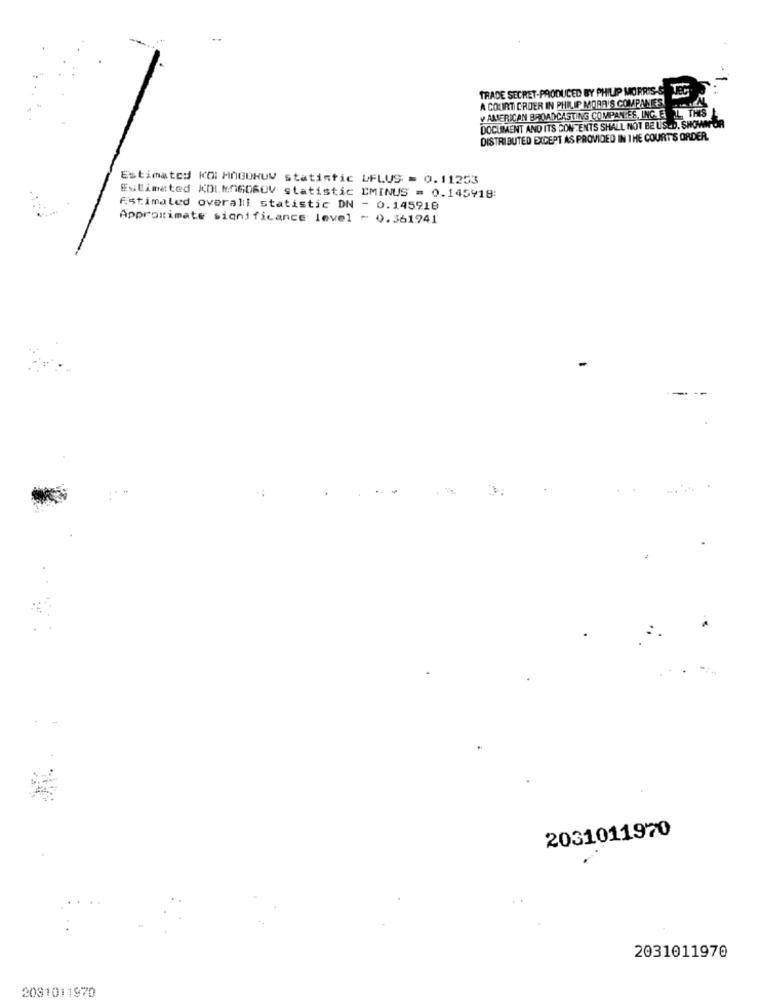
TRADE SECRET-PRODUCED BY PHILIP MORRIS-S. TEC ..
A COURT CROER IN PHILIP MORA'S COMPANIES
1 TH
y AMERICAN BROADCASTING COMPANIES, ING. E
DOCUMENT AND ITS CONTENTS SHALL NOT BE USED. SHOWN OR
DISTRIBUTED EXCEPT AS PROVIDED IN THE COURTS ORDER.
Estimated KO MOGUNUV statistic LFLUS = 0.11253
Estimated KOLMOGO6OV statistic CMINUS = 0.145918:
Estimated overall statistic DN - 0.145918
Approximate significance level - 0.361941
2031011970
2031011970
2081011970